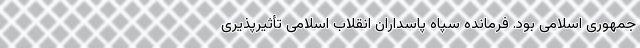
جمهوری اسلامی بود. فرمانده سپاه پاسداران انقلاب اسلامی تأثیرپذیری